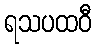
ရသပထဝီ